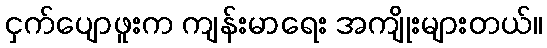
ငှက်ပျောဖူးက ကျန်းမာရေး အကျိုးများတယ်။